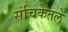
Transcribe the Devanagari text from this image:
संचिकेतले